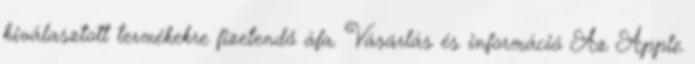
kiválasztott termékekre fizetendő áfa. Vásárlás és információ Az Apple